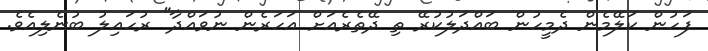
ފަހުން ކަލޭމެން ދެމީހުން ބައްދަލުކުރޭ ތި ދޭތެރެއަށް އަހަރެން ނުވައްދާ" ރުހައިލު ބުނެލިއެވެ.